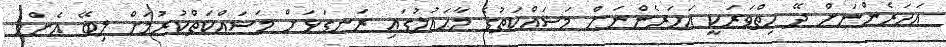
އަހަރެންނަށް ދޭ ހިތްވަރަކީ އަހަރެންނަށް މަސައްކަތުގެ މާޙައުލުގައި ރަނގަޅަށް މަސައްކަތްކުރުމަށް ލިބޭ އެންމެ